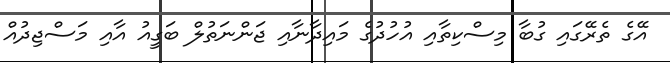
އޭގެ ތެރޭގައި ގުބާ މިސްކިތާއި އުހުދުގެ މައިދާނާއި ޖަންނަތުލް ބަގީއު އާއި މަސްޖިދުއް